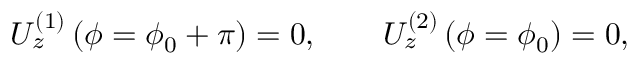
U _ { z } ^ { ( 1 ) } \left( \phi = \phi _ { 0 } + \pi \right) = 0 , \qquad U _ { z } ^ { ( 2 ) } \left( \phi = \phi _ { 0 } \right) = 0 ,